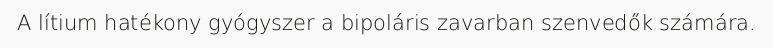
A lítium hatékony gyógyszer a bipoláris zavarban szenvedők számára.